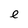
Character: e